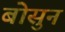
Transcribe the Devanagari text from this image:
बोसुन